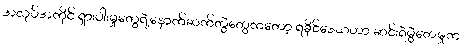
အလုပ်အကိုင် ရှားပါးမှုတွေရဲ့နောက်ဆက်တွဲတွေကတော့ ရခိုင်ဒေသဟာ ဆင်းရဲမွဲတေမှုက